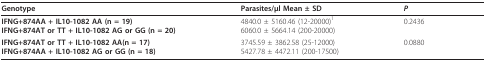
<table><thead><tr><td><b>Genotype</b></td><td><b>Parasites/μl Mean ± SD</b></td><td><b><i>P</i></b></td></tr></thead><tbody><tr><td><b>IFNG+874AA + IL10-1082 AA (n = 19)</b><b>IFNG+874AT or TT + IL10-1082 AG or GG (n = 20)</b></td><td>4840.0 ± 5160.46 (12-20000)<sup>1</sup>6060.0 ± 5664.14 (200-20000)</td><td>0.2436</td></tr><tr><td><b>IFNG+874AT or TT + IL10-1082 AA(n = 17)</b><b>IFNG+874AA + IL10-1082 AG or GG (n = 18)</b></td><td>3745.59 ± 3862.58 (25-12000)5427.78 ± 4472.11 (200-17500)</td><td>0.0880</td></tr></tbody></table>